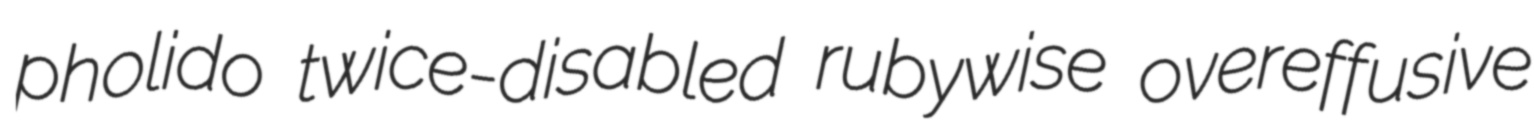
pholido twice-disabled rubywise overeffusive